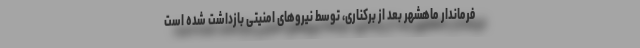
فرماندار ماهشهر بعد از برکناری، توسط نیروهای امنیتی بازداشت شده است